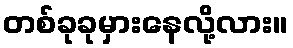
တစ်ခုခုမှားနေလို့လား။